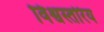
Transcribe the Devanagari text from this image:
विश्वस्तरिय